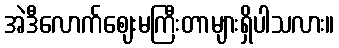
အဲဒီလောက်ဈေးမကြီးတာများရှိပါသလား။